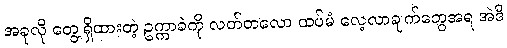
အခုလို တွေ့ရှိထားတဲ့ ဥက္ကာခဲကို လတ်တလော ထပ်မံ လေ့လာချက်တွေအရ အဲဒီ